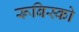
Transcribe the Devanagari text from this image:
रूबिस्को